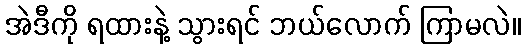
အဲဒီကို ရထားနဲ့ သွားရင် ဘယ်လောက် ကြာမလဲ။